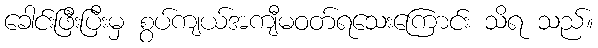
ခေါင်းဖြီးပြီးမှ စွပ်ကျယ်အကျီမဝတ်ရသေးကြောင်း သိရ သည်။